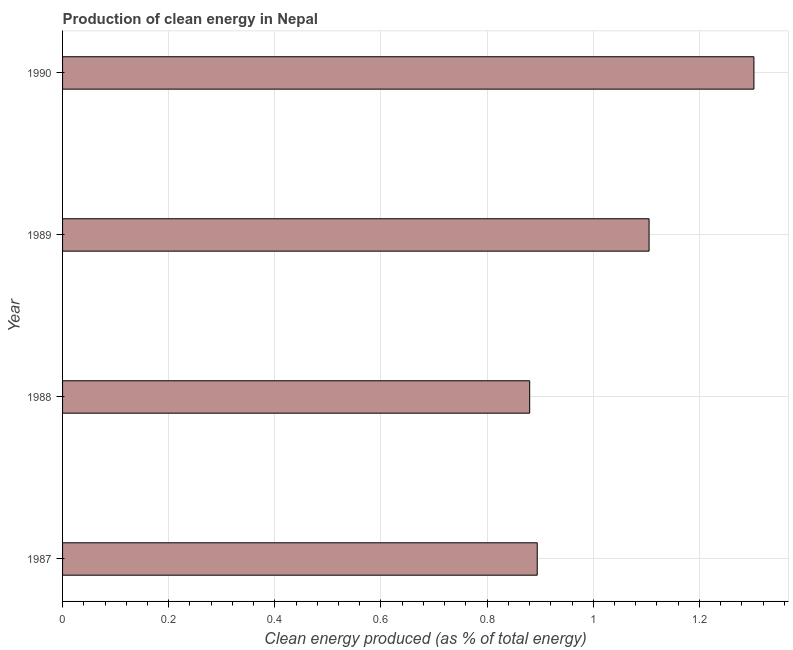
| Year | Alternative and nuclear energy |
 | --- | --- |
 | 1987 | 0.894 |
 | 1988 | 0.88 |
 | 1989 | 1.11 |
 | 1990 | 1.3 |